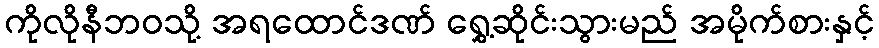
ကိုလိုနီဘဝသို့ အရထောင်ဒဏ် ရွှေ့ဆိုင်းသွားမည် အမိုက်စားနှင့်